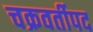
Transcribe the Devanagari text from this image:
चक्रवर्तीपद